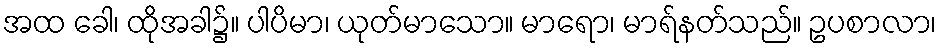
အထ ခေါ၊ ထိုအခါ၌။ ပါပိမာ၊ ယုတ်မာသော။ မာရော၊ မာရ်နတ်သည်။ ဥပစာလာ၊